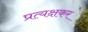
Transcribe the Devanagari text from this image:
प्रत्यक्षकर